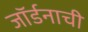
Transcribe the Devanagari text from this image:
जॉर्डनाची